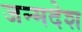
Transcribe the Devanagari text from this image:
जन्मदेश